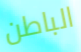
الباطن